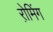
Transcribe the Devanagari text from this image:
रो़मिंग